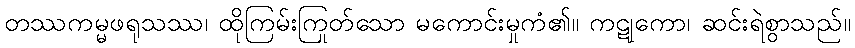
တဿကမ္မဖရုသဿ၊ ထိုကြမ်းကြုတ်သော မကောင်းမှုကံ၏။ ကဋုကော၊ ဆင်းရဲစွာသည်။